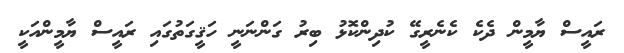
ރައީސް ޔާމީން ދެކެ ކެނެރީގޭ ކުދިންކޮޅު ބިރު ގަންނަނީ ހަޤީގަތުގައި ރައީސް ޔާމީންއަކީ